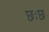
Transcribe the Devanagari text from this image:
छःछ